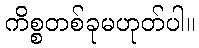
ကိစ္စတစ်ခုမဟုတ်ပါ။